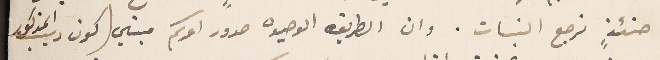
حنئذٍ نرجع النبات. وان الطريقه الوحيده صدور امركم مبني (كون ديب المذكور